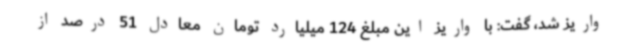
واریز شد، گفت: با واریز این مبلغ 124 میلیارد تومان معادل 51 درصد از